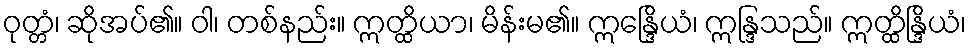
ဝုတ္တံ၊ ဆိုအပ်၏။ ဝါ၊ တစ်နည်း။ ဣတ္ထိယာ၊ မိန်းမ၏။ ဣန္ဒြေိယံ၊ ဣန္ဒြသည်။ ဣတ္ထိန္ဒြိယံ၊